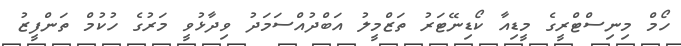
ހޯމް މިނިސްޓްރީގެ މީޑިއާ ކޯޑިނޭޓަރު ތަޒްމީލު އަބްދުއްސަމަދު ވިދާޅުވީ މަރުގެ ހުކުމް ތަންފީޒު